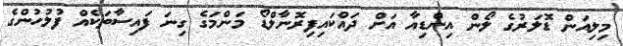
މިލިއަން ޑޮލަރުގެ ލޯން އިންޑިއާ އަށް ދައްކައިފިރޮނާލްޑޯ މަންމަގެ ގިނަ ފައިސާތަކެއް ފުލުހުންގެ